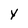
Character: Y